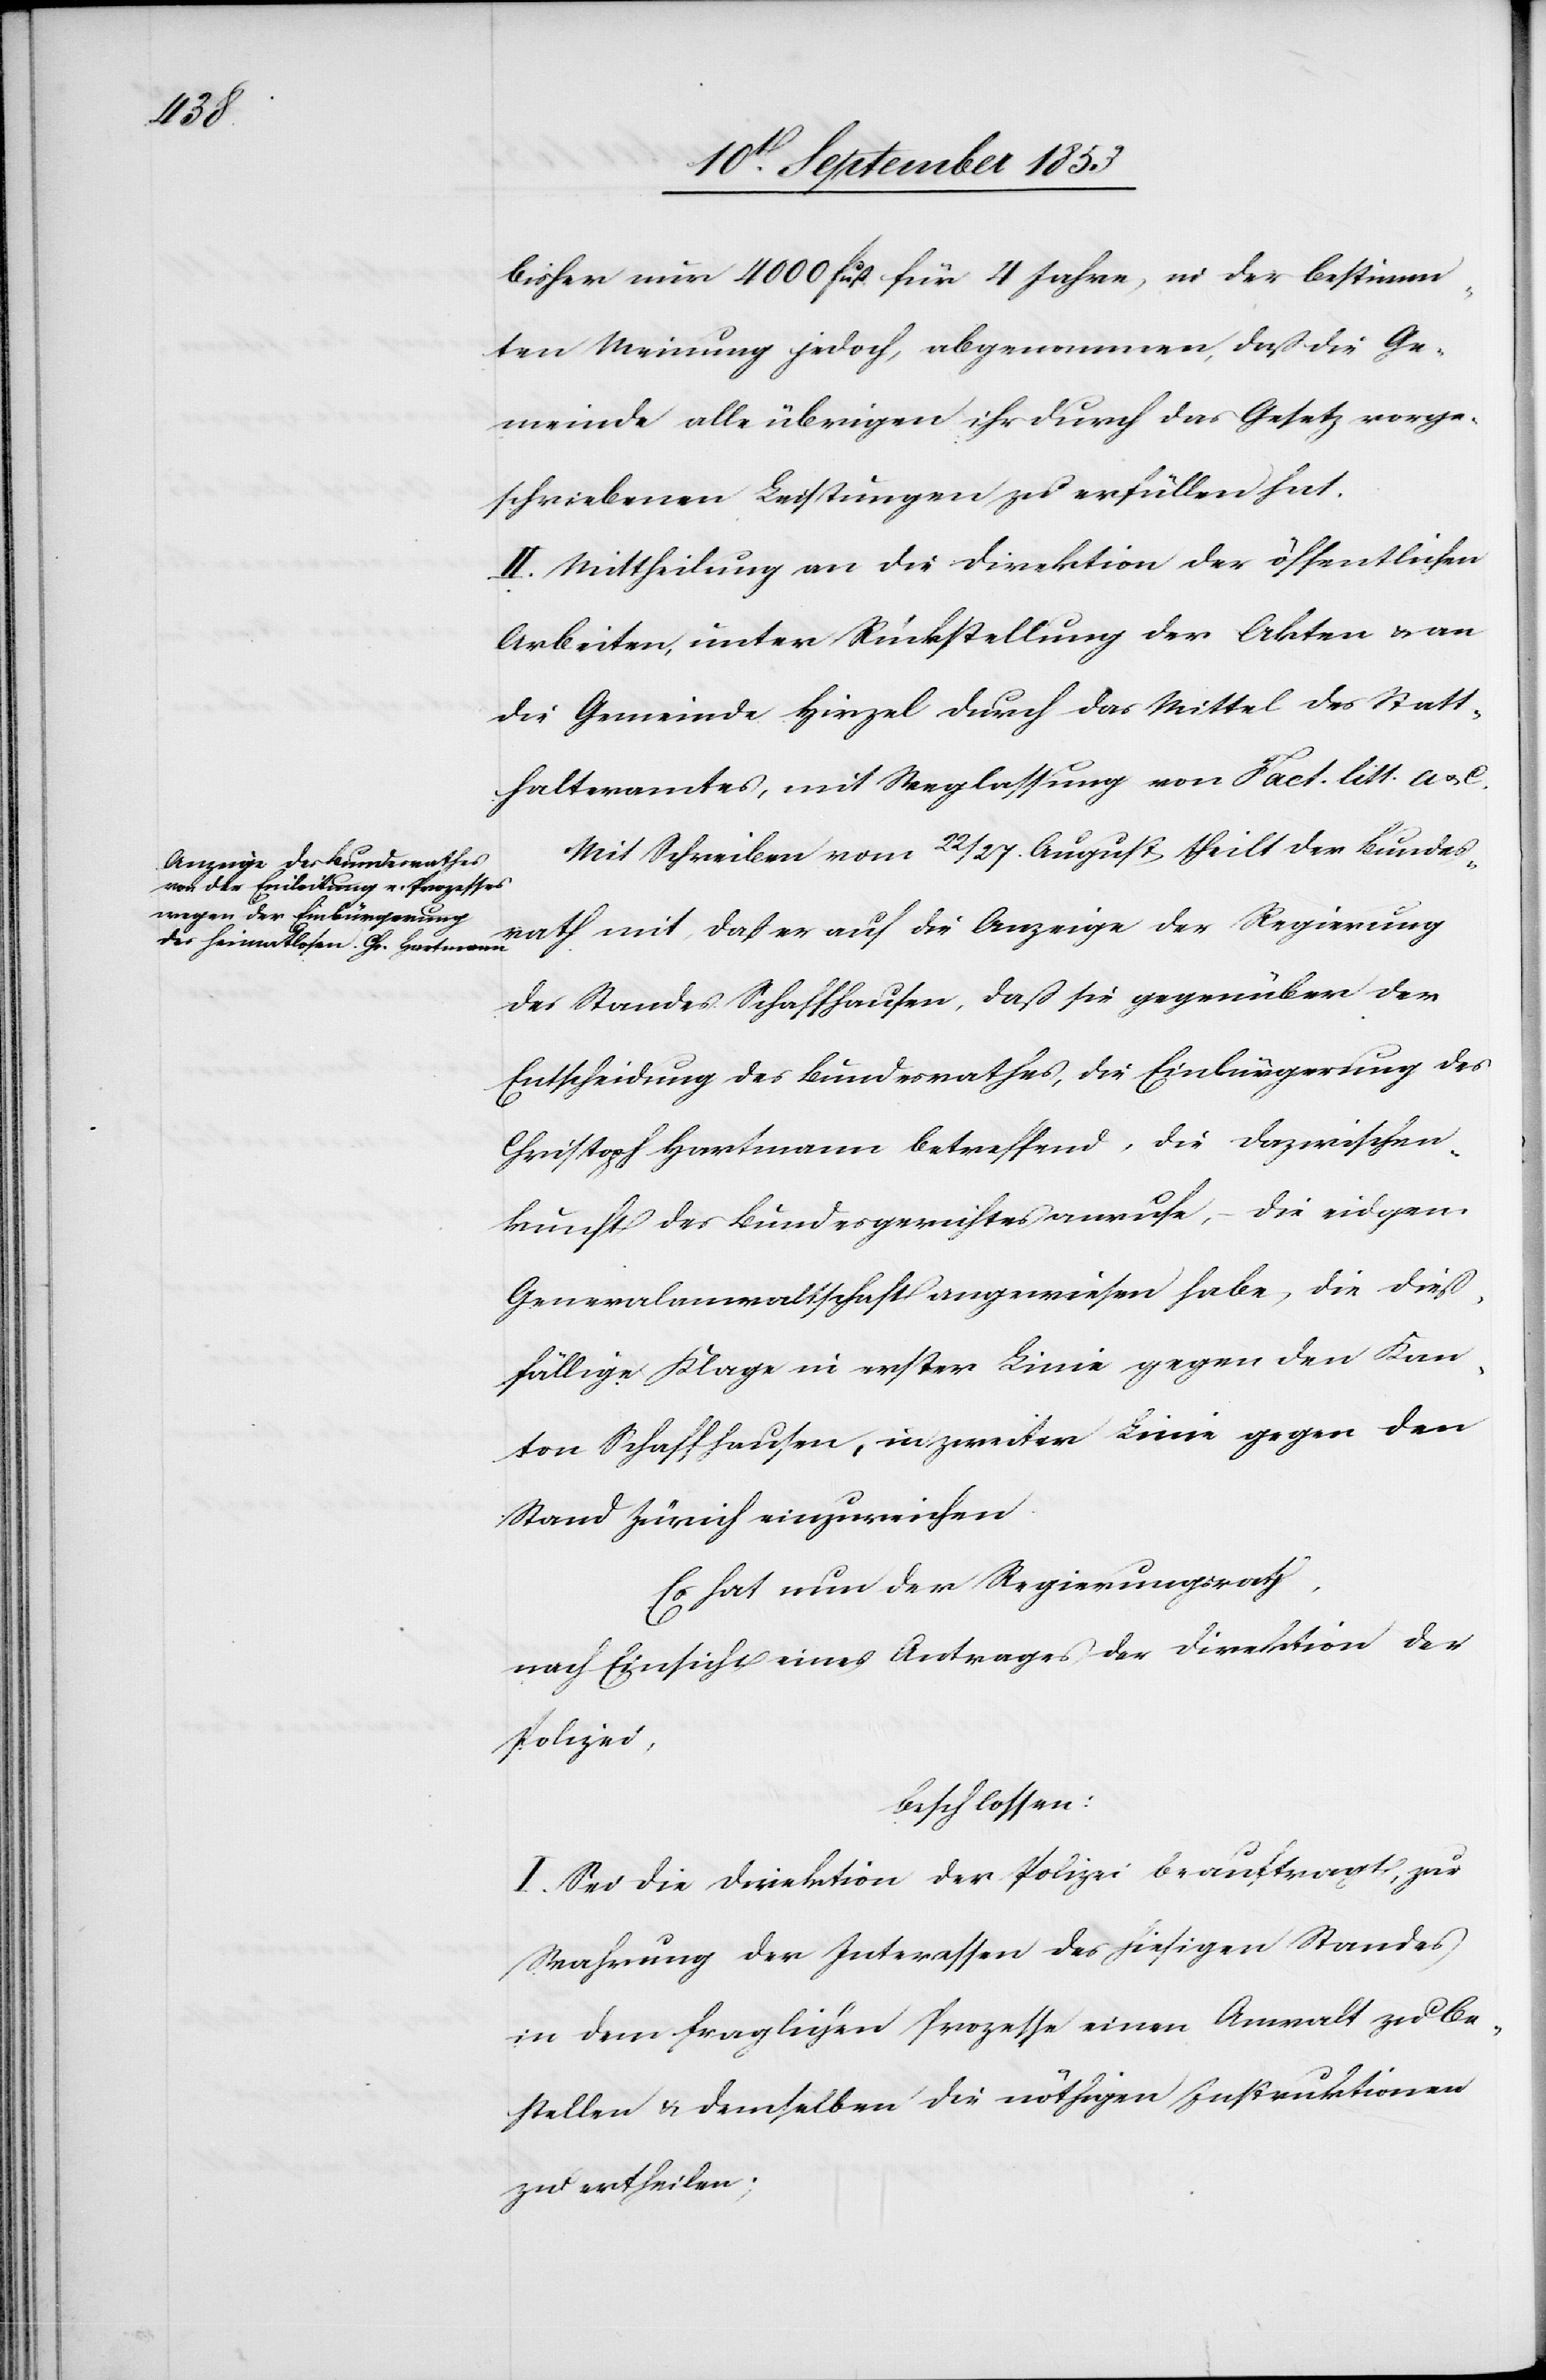
bisher nur 4000 Fuß für 4 Jahre, in der bestimm¬
ten Meinung jedoch, abgenommen, daß die Ge¬
meinde alle übrigen ihr durch das Gesetz vorge¬
schriebenen Leistungen zu erfüllen hat.
II. Mittheilung an die Direktion der öffentlichen
Arbeiten, unter Rückstellung der Akten u. an
die Gemeinde Hirzel durch das Mittel des Statt¬
halteramtes, mit Weglaßung von Fact. litt. a u.
Mit Schreiben vom 22/27 August theilt der Bundes¬
rath mit, daß er auf die Anzeige der Regierung
des Standes Schaffhausen, daß sie gegenüber der
Ertheilung des Bundesrathes, die Einbürgerung des
Christoph Hartmann betreffend, die Dazwischen¬
kunft des Bundesgerichtes anrufe, die eidgen.
Generalanwaltschaft angewiesen habe, die dieß¬
fällige Klage in erster Linie gegen den Kan¬
ton Schaffhausen, in zweiter Linie gegen den
Stand Zürich einzureichen.
Es hat der Regierungsrath,
nach Einsicht eines Antrages der Direktion der
Polizei,
beschlossen:
I. Sei die Direktion der Polizei beauftragt, zur
Wahrung der Interessen des hiesigen Standes
in dem fraglichen Prozesse einen Anwalt zu be¬
stellen u. demselben die nöthigen Instruktionen
zu ertheilen;